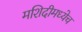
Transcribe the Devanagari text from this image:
मशिदीमध्येच